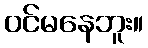
ဝင်မနေဘူး။